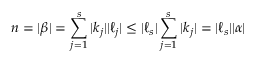
n = | { \boldsymbol { \beta } } | = \sum _ { j = 1 } ^ { s } | { \boldsymbol { k } } _ { j } | | { \boldsymbol { \ell } } _ { j } | \leq | { \boldsymbol { \ell } } _ { s } | \sum _ { j = 1 } ^ { s } | { \boldsymbol { k } } _ { j } | = | { \boldsymbol { \ell } } _ { s } | | { \boldsymbol { \alpha } } |